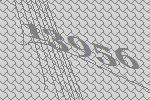
13956